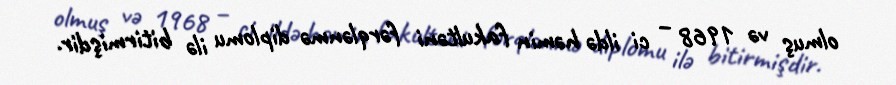
olmuş və 1968 – ci ildə həmin fakultəni fərqlənmə diplomu ilə bitirmişdir.